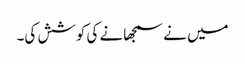
میں نے سمجھانے کی کوشش کی۔